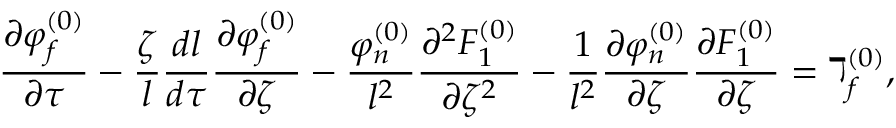
\frac { \partial \varphi _ { f } ^ { ( 0 ) } } { \partial \tau } - \frac { \zeta } { l } \frac { d l } { d \tau } \frac { \partial \varphi _ { f } ^ { ( 0 ) } } { \partial \zeta } - \frac { \varphi _ { n } ^ { ( 0 ) } } { l ^ { 2 } } \frac { \partial ^ { 2 } F _ { 1 } ^ { ( 0 ) } } { \partial \zeta ^ { 2 } } - \frac { 1 } { l ^ { 2 } } \frac { \partial \varphi _ { n } ^ { ( 0 ) } } { \partial \zeta } \frac { \partial F _ { 1 } ^ { ( 0 ) } } { \partial \zeta } = \daleth _ { f } ^ { ( 0 ) } ,